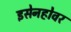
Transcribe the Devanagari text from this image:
इसेनहोवर